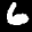
Label: 6